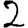
Digit: 2